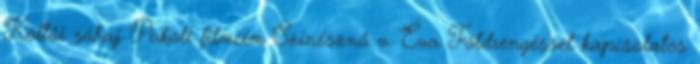
Költői sóhaj Pokoli filmcím Színésznő v. Éva Földrengéssel kapcsolatos